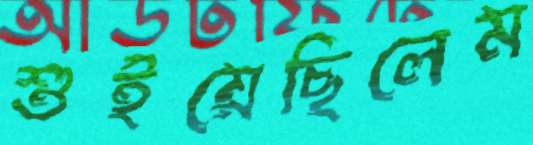
শুইয়েছিলেম